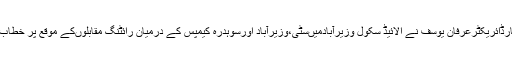
ان خیالات کا اظہارڈائریکٹرعرفان یوسف نے الائیڈ سکول وزیرآبادمیںسٹی،وزیرآباد اورسوہدرہ کیمپس کے درمیان رائٹنگ مقابلوںکے موقع پر خطاب کرتے ہوئے کیا۔